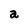
Character: a